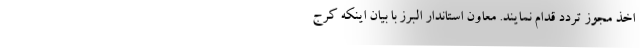
اخذ مجوز تردد قدام نمایند. معاون استاندار البرز با بیان اینکه کرج